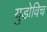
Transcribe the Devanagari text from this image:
युडोविच